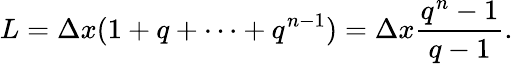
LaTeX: L=\Delta x(1+q+\cdots+q^{n-1})=\Delta x\frac{q^{n}-1}{q-1}.